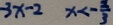
- 3 x - 2 x < - \frac { 2 } { 3 }